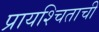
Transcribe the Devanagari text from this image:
प्रायश्चिताची